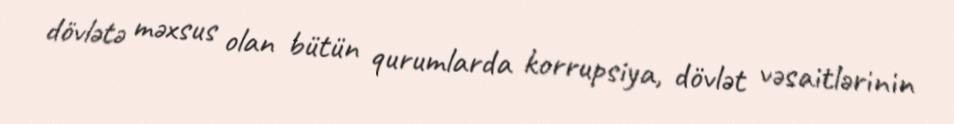
dövlətə məxsus olan bütün qurumlarda korrupsiya, dövlət vəsaitlərinin